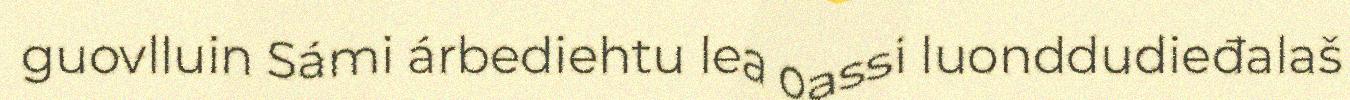
guovlluin Sámi árbediehtu lea oassi luonddudieđalaš